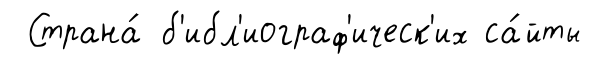
Страна́ б'ибл'иограф'ическ'их са́йты